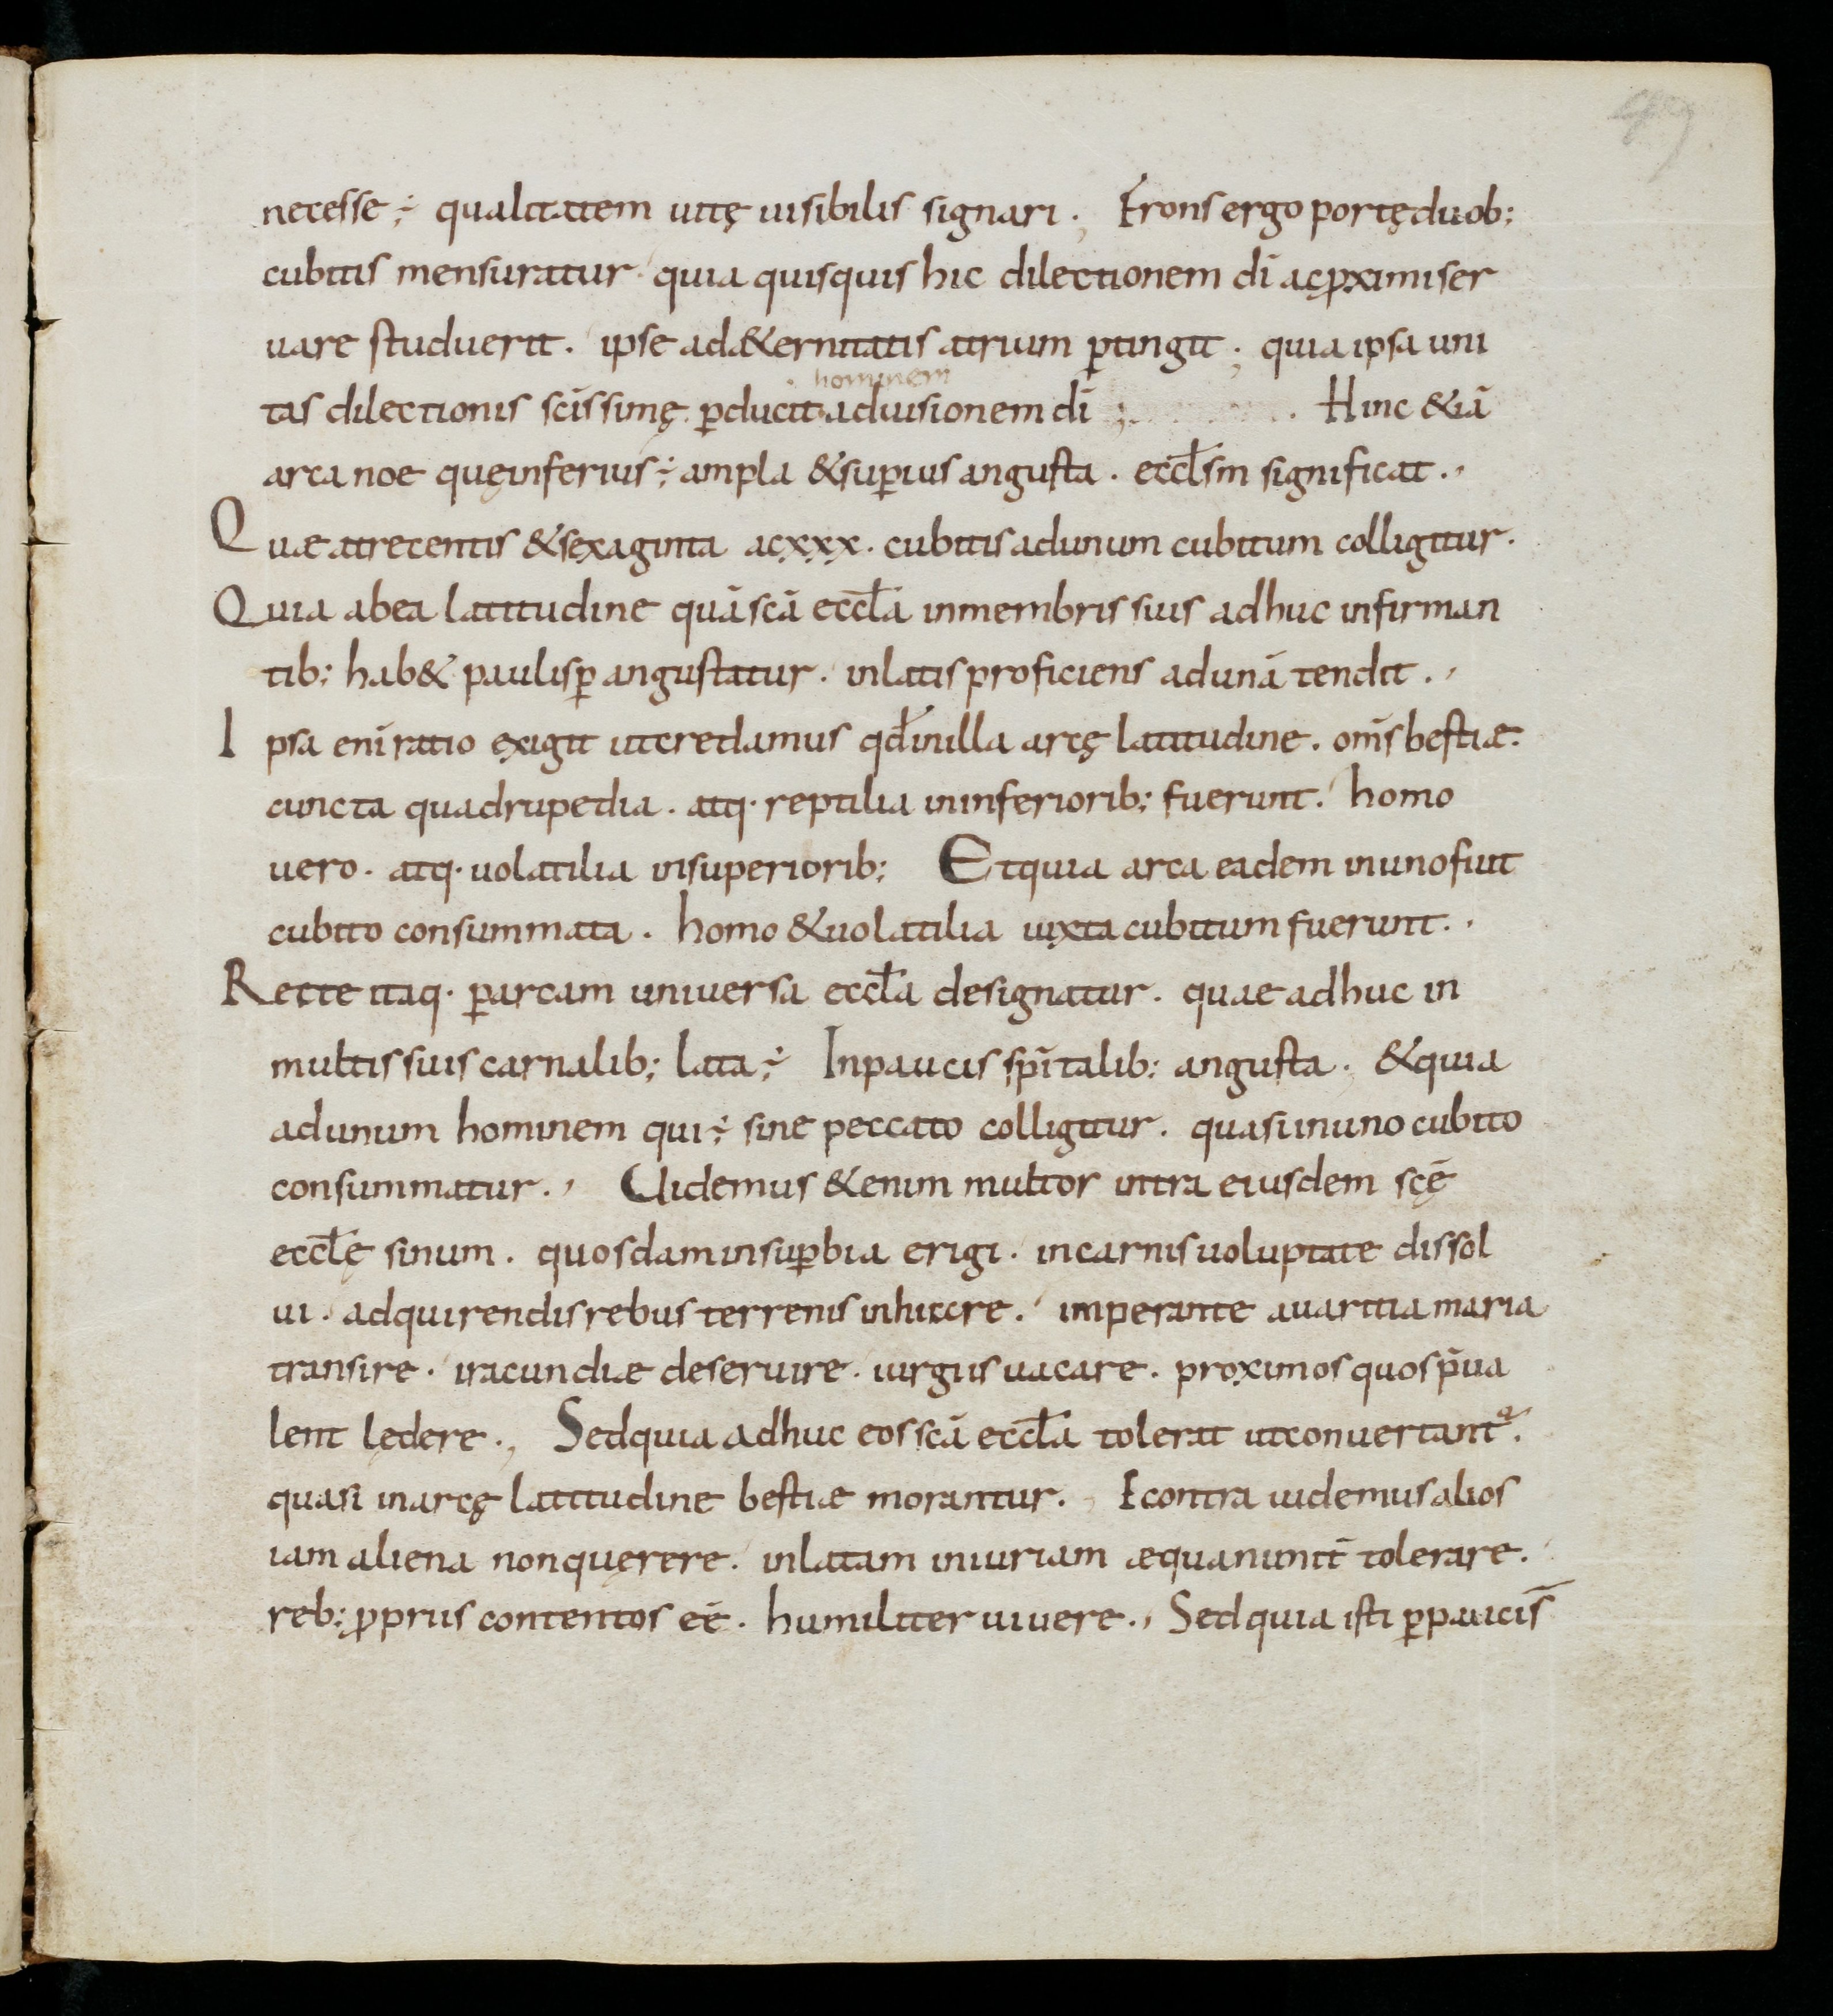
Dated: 900–999